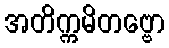
အတိက္ကမိတဗ္ဗော